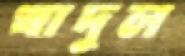
খাদুল